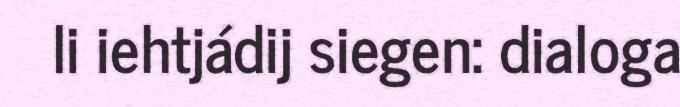
li iehtjádij siegen: dialoga